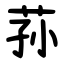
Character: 荪